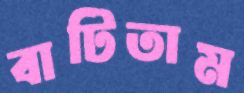
বাটিতাম